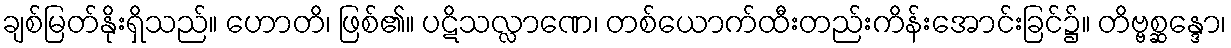
ချစ်မြတ်နိုးရှိသည်။ ဟောတိ၊ ဖြစ်၏။ ပဋိသလ္လာဏေ၊ တစ်ယောက်ထီးတည်းကိန်းအောင်းခြင်၌။ တိဗ္ဗစ္ဆန္ဒော၊